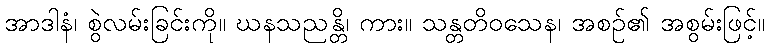
အာဒါနံ၊ စွဲလမ်းခြင်းကို။ ဃနသညန္တိ၊ ကား။ သန္တတိဝသေန၊ အစဉ်၏ အစွမ်းဖြင့်။